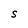
Character: S